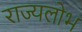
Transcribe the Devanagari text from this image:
राज्यलोभ